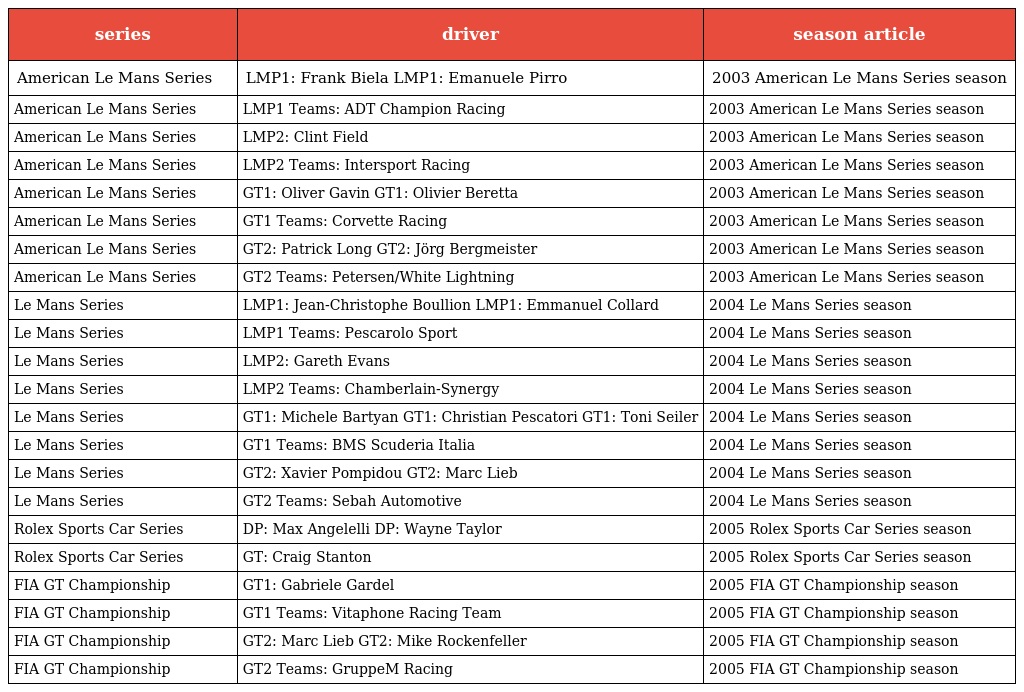
| series | driver | season article |
 | --- | --- | --- |
 | American Le Mans Series | LMP1: Frank Biela LMP1: Emanuele Pirro | 2003 American Le Mans Series season |
 | American Le Mans Series | LMP1 Teams: ADT Champion Racing | 2003 American Le Mans Series season |
 | American Le Mans Series | LMP2: Clint Field | 2003 American Le Mans Series season |
 | American Le Mans Series | LMP2 Teams: Intersport Racing | 2003 American Le Mans Series season |
 | American Le Mans Series | GT1: Oliver Gavin GT1: Olivier Beretta | 2003 American Le Mans Series season |
 | American Le Mans Series | GT1 Teams: Corvette Racing | 2003 American Le Mans Series season |
 | American Le Mans Series | GT2: Patrick Long GT2: Jörg Bergmeister | 2003 American Le Mans Series season |
 | American Le Mans Series | GT2 Teams: Petersen/White Lightning | 2003 American Le Mans Series season |
 | Le Mans Series | LMP1: Jean-Christophe Boullion LMP1: Emmanuel Collard | 2004 Le Mans Series season |
 | Le Mans Series | LMP1 Teams: Pescarolo Sport | 2004 Le Mans Series season |
 | Le Mans Series | LMP2: Gareth Evans | 2004 Le Mans Series season |
 | Le Mans Series | LMP2 Teams: Chamberlain-Synergy | 2004 Le Mans Series season |
 | Le Mans Series | GT1: Michele Bartyan GT1: Christian Pescatori GT1: Toni Seiler | 2004 Le Mans Series season |
 | Le Mans Series | GT1 Teams: BMS Scuderia Italia | 2004 Le Mans Series season |
 | Le Mans Series | GT2: Xavier Pompidou GT2: Marc Lieb | 2004 Le Mans Series season |
 | Le Mans Series | GT2 Teams: Sebah Automotive | 2004 Le Mans Series season |
 | Rolex Sports Car Series | DP: Max Angelelli DP: Wayne Taylor | 2005 Rolex Sports Car Series season |
 | Rolex Sports Car Series | GT: Craig Stanton | 2005 Rolex Sports Car Series season |
 | FIA GT Championship | GT1: Gabriele Gardel | 2005 FIA GT Championship season |
 | FIA GT Championship | GT1 Teams: Vitaphone Racing Team | 2005 FIA GT Championship season |
 | FIA GT Championship | GT2: Marc Lieb GT2: Mike Rockenfeller | 2005 FIA GT Championship season |
 | FIA GT Championship | GT2 Teams: GruppeM Racing | 2005 FIA GT Championship season |